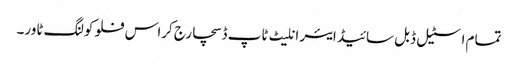
تمام اسٹیل ڈبل سائیڈ ایئر انلیٹ ٹاپ ڈسچارج کراس فلو کولنگ ٹاور۔